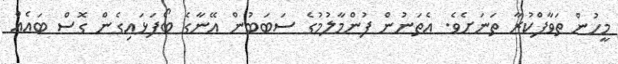
މީހުން ތަވާފްކުރާ ތަނަށެވެ. އެތަނުން ފުންމާލުމުގެ ސަބަބުން އޭނާގެ ބޯފަޅައިގެން ގޮސް ބައެއް